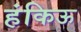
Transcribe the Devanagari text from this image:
हंकिऊ